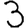
Digit: 3